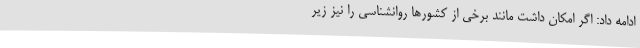
ادامه داد: اگر امکان داشت مانند برخی از کشورها روانشناسی را نیز زیر